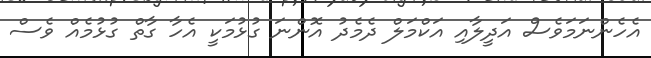
އެހެންނަމަވެސް އަދީލާއި އަކްމަލް ދެމެދު އޮންނަ ގުޅުމަކީ އެހާ ގާތް ގުޅުމެއް ވެސް